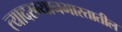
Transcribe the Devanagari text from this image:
त्यादरम्यानभारतातील